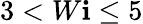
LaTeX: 3<W\mathbf{i}\leq5